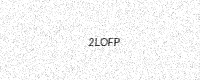
Text: 2LOFP